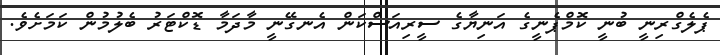
ޕެލެގްރިނީ ބުނީ ކޮމްޕެނީގެ އަނިޔާގެ ސީރިއަސްކަން އެނގޭނީ މާދަމާ ޑޮކްޓަރު ބެލުމުން ކަމަށެވެ.